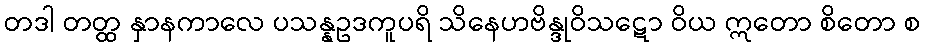
တဒါ တတ္ထ နှာနကာလေ ပသန္နဥဒကူပရိ သိနေဟဗိန္ဒုဝိသဋော ဝိယ ဣတော စိတော စ